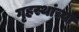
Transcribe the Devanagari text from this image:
गृहस्थांच्या